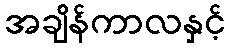
အချိန်ကာလနှင့်